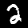
Digit: 2